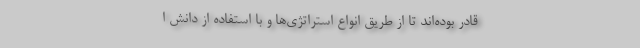
قادر بوده‌اند تا از طریق انواع استراتژی‌ها و با استفاده از دانش ا